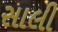
સાલી